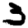
Digit: 3